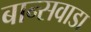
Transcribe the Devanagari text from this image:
बान्सवाडा